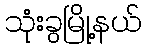
သုံးခွမြို့နယ်